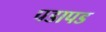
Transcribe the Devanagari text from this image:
पडापड